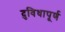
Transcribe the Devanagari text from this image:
दुविधापूर्ण